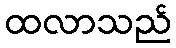
ထလာသည်